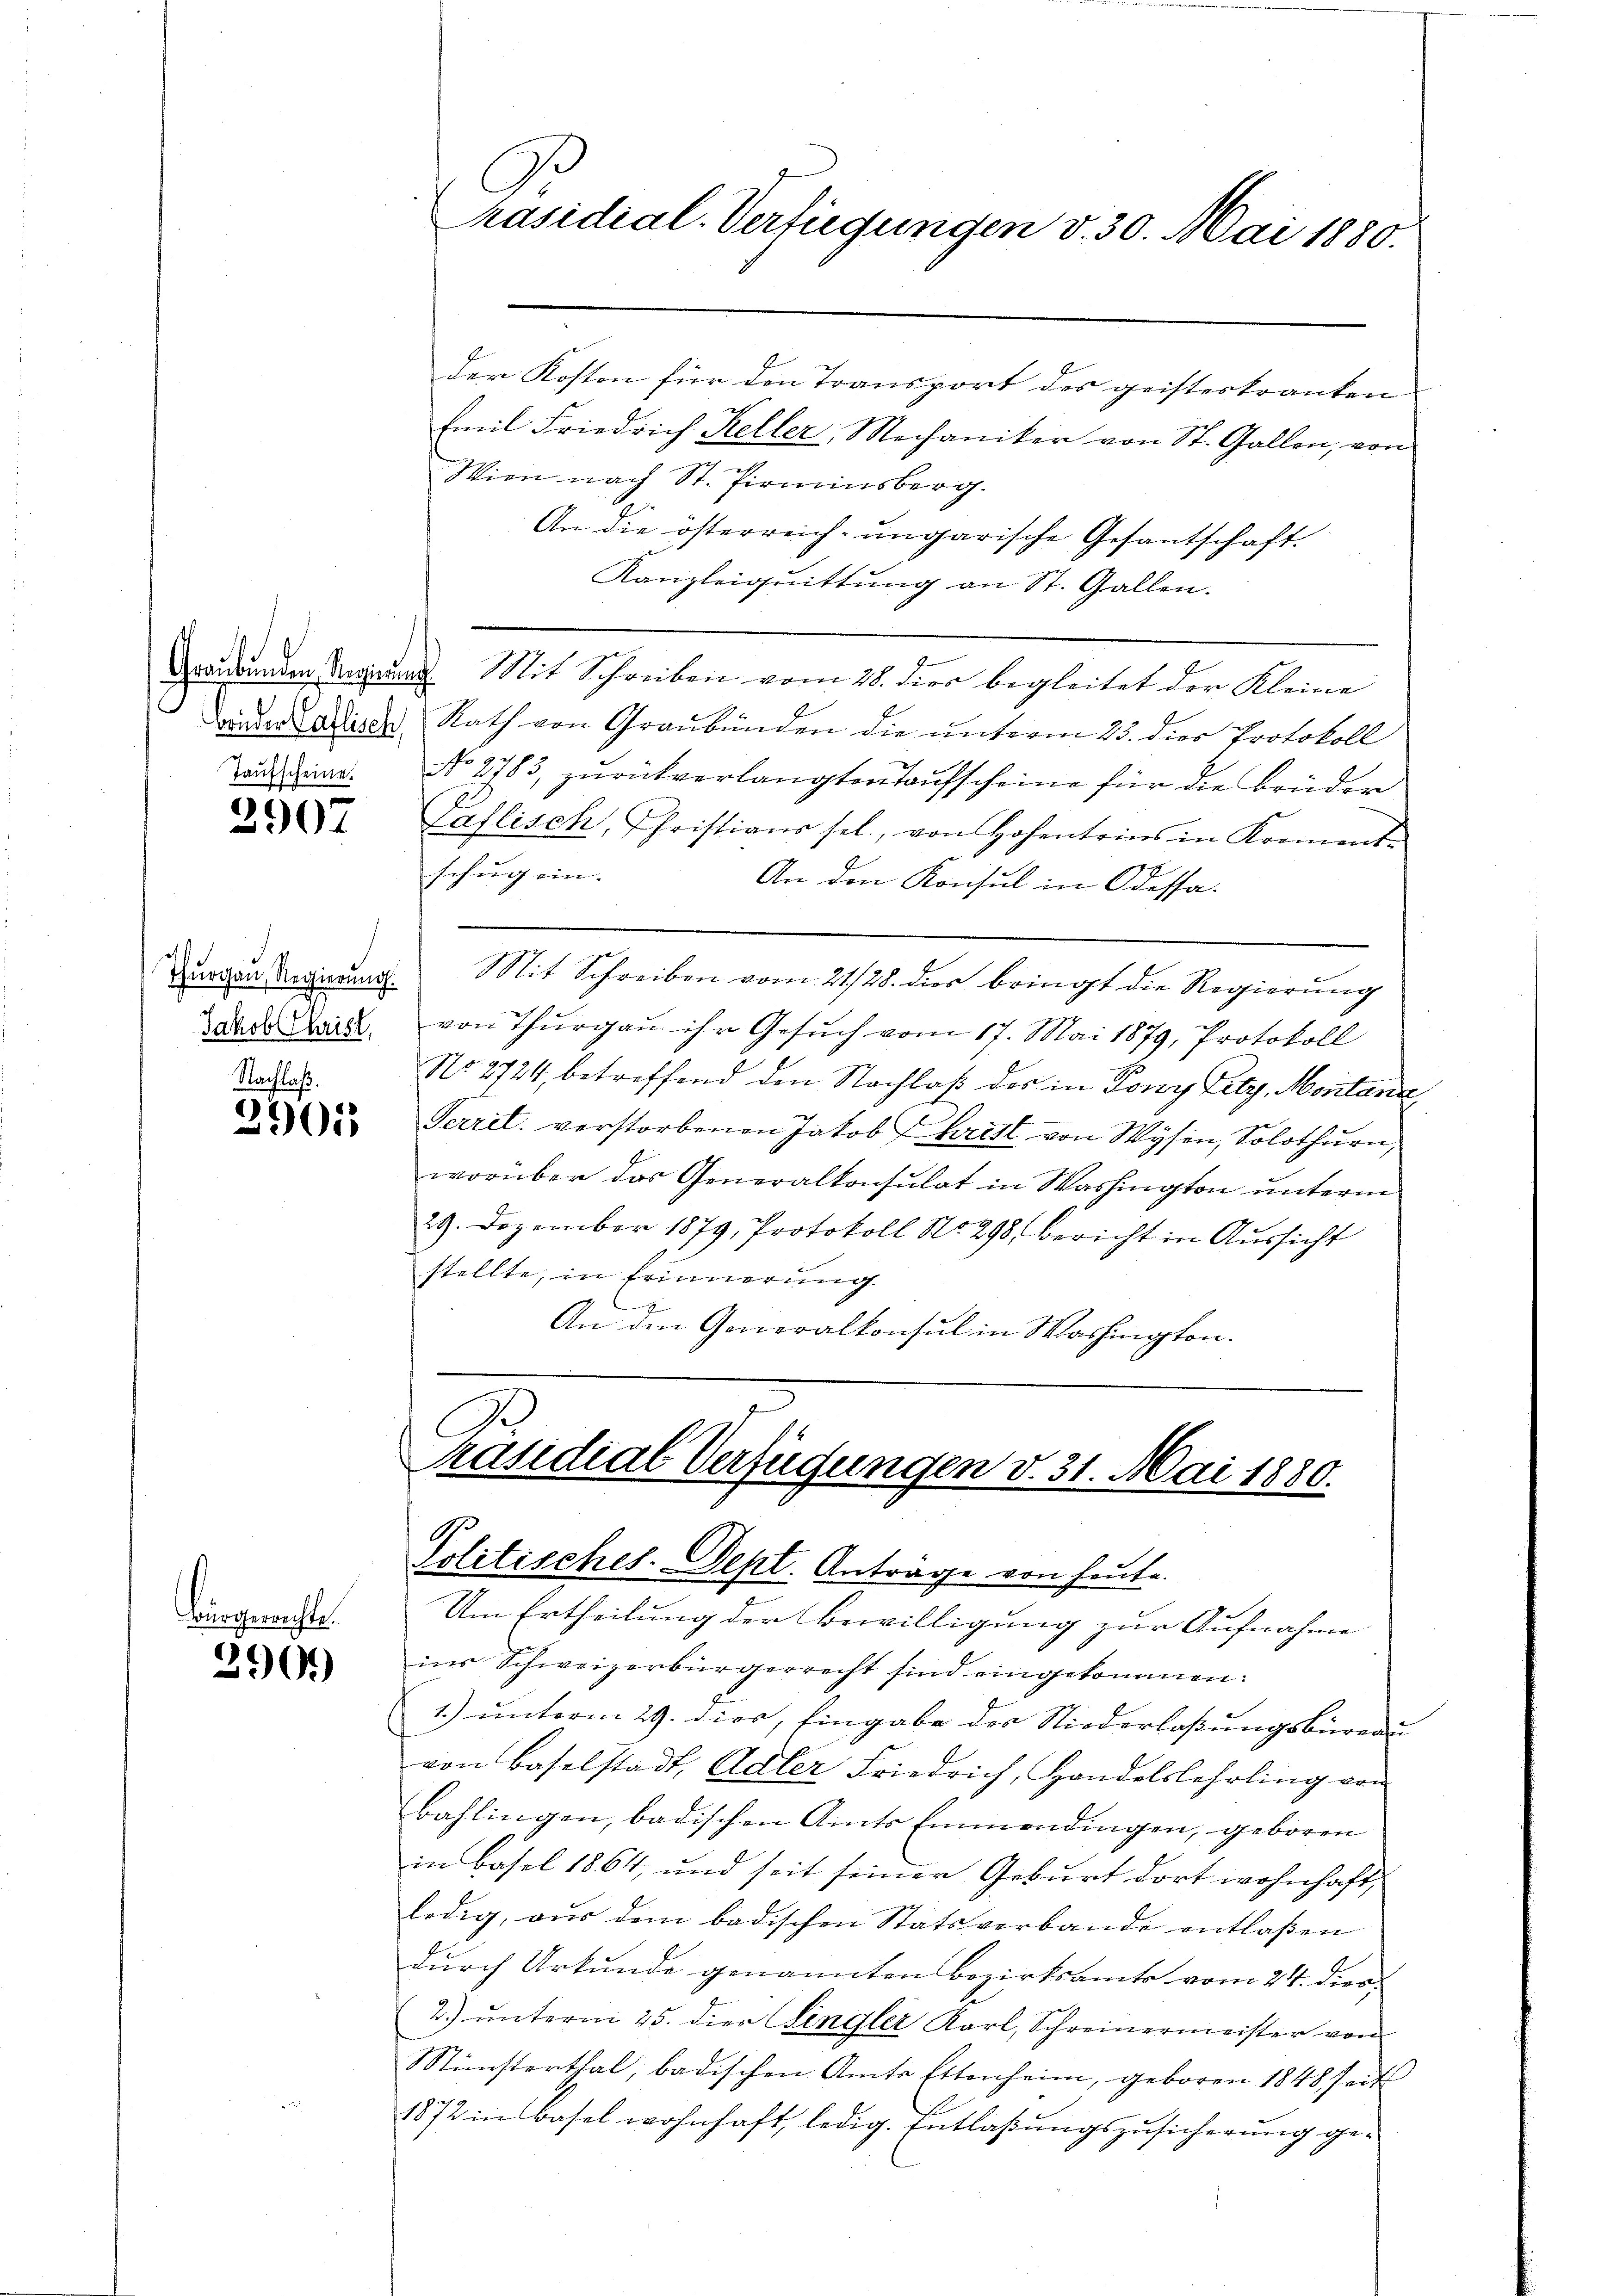
2907

Thurgau, Regierung.
Jakob Christ,

Nachlaß.
2901

Bürgerichte.
290.

der Kosten für den Transport des geisteskranken
Emil Friedrich Keller, Mechaniker von St. Gallen, von
Wien nach St. Pirminsberg.
An die österreich-ungarische Gesantschaft.
Kanzleiquittung an St. Gallen.
Graubünden Ansprung. Mit Schreiben vom 28. dies begleitet der Kleine
worden Ladische Rath von Graubünden die unterm 23. dies Protokoll
Taddiene. No 2783, zurückverlangten Taufscheine für die Brüder
Paflisch, Christians sel., von Hohentrins in Kroment-
schung ein. |
An den Konsul in Odessa.
Mit Schreiben vom 21/28. dies bringt die Regierung
von Thurgau ihr Gesuch vom 17. Mai 1879, Protokoll
No. 2724, betreffend den Nachlaß des in Pony Fity, Montana,
Terril verstorbenen Jakob Hartl von Wysen, Solothurn,
worüber das Generalkonsulat in Washington unterm
29. Dezember 1879, Protokoll No 298, bericht in Aussicht
stellte, in Erinnerung
.
An den Generalkonsul in Washington.

räsidial-Verfügungen v. 30. Mai 1880.

C
räsidial-Verfügungen v. 31. Mai 1880.
Politisches-Dept. Anträge von heute.
Um Ertheilung der Bewilligung zur Aufnahme

ins Schweizerbürgerrecht sind eingekommen.
1.) unterm 29. dies, Eingabe der Niederlaßungsbureau
von Baselstadt, Adler Friedrich, Handelslehrling von
Bahlingen, badischen Amts Emmendingen, geboren
in Basel 1864, und seit seiner Geburt dort wohnhaft,
ledig, aus dem badischen Stats verbande entlaßen
durch Urkunde genannten Bezirksamts vom 24. dies
2) unterm 25. die Lingler Karl, Schreinermeister von
Stinsterthal, badischen Amts Ettenheim, geboren 1848 seit
1872 in Basel wohnhaft, ledig. Entlaßungszusicherung ge¬